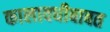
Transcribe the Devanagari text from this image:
कालावधीबाबत